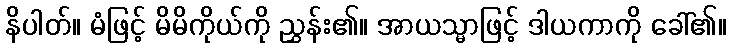
နိပါတ်။ မံဖြင့် မိမိကိုယ်ကို ညွှန်း၏။ အာယသ္မာဖြင့် ဒါယကာကို ခေါ်၏။